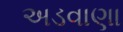
અડવાણા